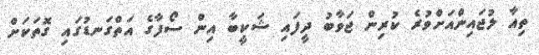
ތިއާ ލުޖައިންއަށްވުރެ ކުރިން ޖަވާބު ދީފައި ޝަކީބާ އިން ސޯފާގެ އަތްގަނޑުގައި ގޮތަކަށް